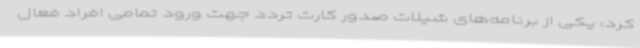
کرد: یکی از برنامه‌های شیلات صدور کارت تردد جهت ورود تمامی افراد فعال